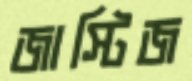
জাস্টিজ